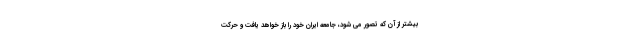
بیشتر از آن که تصور می شود، جامعه ایران خود را باز خواهد یافت و حرکت